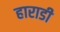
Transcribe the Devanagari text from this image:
हाराडी